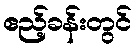
ဧည့်ခန်းတွင်